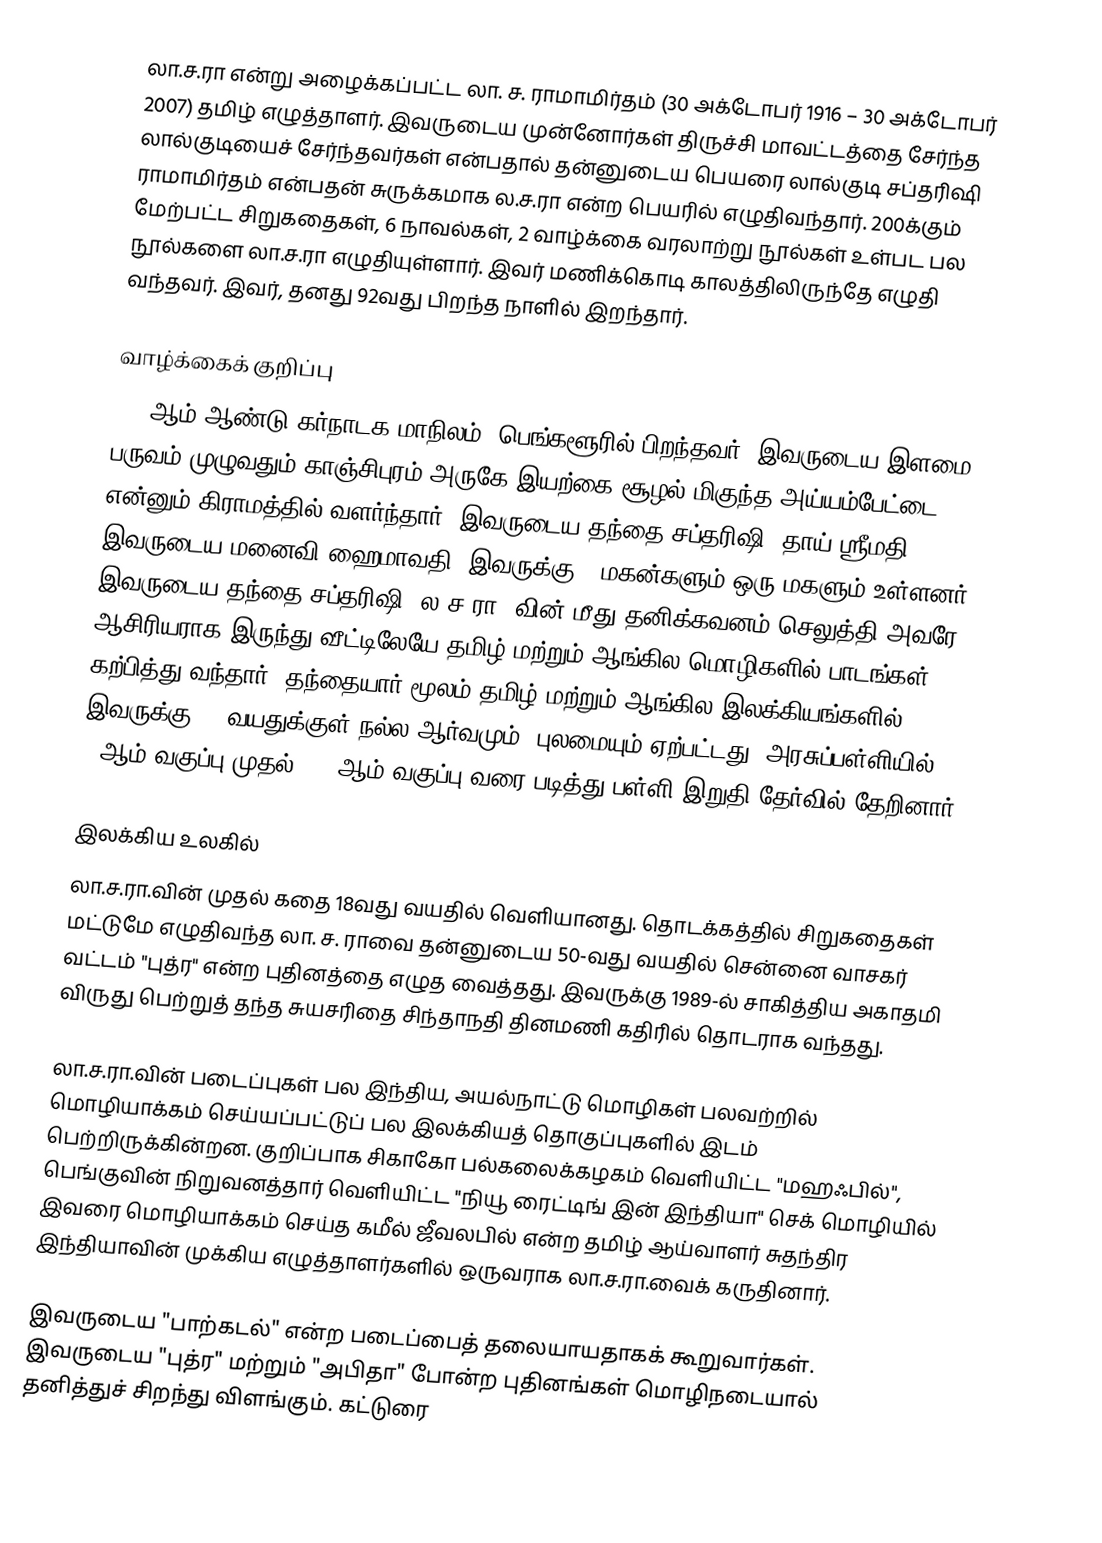
லா.ச.ரா என்று அழைக்கப்பட்ட லா. ச. ராமாமிர்தம் (30 அக்டோபர் 1916 – 30 அக்டோபர் 2007) தமிழ் எழுத்தாளர். இவருடைய முன்னோர்கள் திருச்சி மாவட்டத்தை சேர்ந்த லால்குடியைச் சேர்ந்தவர்கள் என்பதால் தன்னுடைய பெயரை லால்குடி சப்தரிஷி ராமாமிர்தம் என்பதன் சுருக்கமாக ல.ச.ரா என்ற பெயரில் எழுதிவந்தார். 200க்கும் மேற்பட்ட சிறுகதைகள், 6 நாவல்கள், 2 வாழ்க்கை வரலாற்று நூல்கள் உள்பட பல நூல்களை லா.ச.ரா எழுதியுள்ளார். இவர் மணிக்கொடி காலத்திலிருந்தே எழுதி வந்தவர். இவர், தனது 92வது பிறந்த நாளில் இறந்தார்.

வாழ்க்கைக் குறிப்பு
1916ஆம் ஆண்டு கர்நாடக மாநிலம், பெங்களூரில் பிறந்தவர். இவருடைய இளமை பருவம் முழுவதும் காஞ்சிபுரம் அருகே இயற்கை சூழல் மிகுந்த அய்யம்பேட்டை என்னும் கிராமத்தில் வளர்ந்தார். இவருடைய தந்தை சப்தரிஷி, தாய் ஸ்ரீமதி. இவருடைய மனைவி ஹைமாவதி. இவருக்கு 4 மகன்களும் ஒரு மகளும் உள்ளனர். இவருடைய தந்தை சப்தரிஷி, ல.ச.ரா -வின் மீது தனிக்கவனம் செலுத்தி அவரே ஆசிரியராக இருந்து வீட்டிலேயே தமிழ் மற்றும் ஆங்கில மொழிகளில் பாடங்கள் கற்பித்து வந்தார். தந்தையார் மூலம் தமிழ் மற்றும் ஆங்கில இலக்கியங்களில் இவருக்கு 12 வயதுக்குள் நல்ல ஆர்வமும், புலமையும் ஏற்பட்டது. அரசுப்பள்ளியில் 8-ஆம் வகுப்பு முதல் 10 -ஆம் வகுப்பு வரை படித்து பள்ளி இறுதி தேர்வில் தேறினார்.

இலக்கிய உலகில்
லா.ச.ரா.வின் முதல் கதை 18வது வயதில் வெளியானது. தொடக்கத்தில் சிறுகதைகள் மட்டுமே எழுதிவந்த லா. ச. ராவை தன்னுடைய 50-வது வயதில் சென்னை வாசகர் வட்டம் "புத்ர" என்ற புதினத்தை எழுத வைத்தது. இவருக்கு 1989-ல் சாகித்திய அகாதமி விருது பெற்றுத் தந்த சுயசரிதை சிந்தாநதி தினமணி கதிரில் தொடராக வந்தது.

லா.ச.ரா.வின் படைப்புகள் பல  இந்திய, அயல்நாட்டு மொழிகள் பலவற்றில் மொழியாக்கம் செய்யப்பட்டுப் பல இலக்கியத் தொகுப்புகளில் இடம் பெற்றிருக்கின்றன. குறிப்பாக சிகாகோ பல்கலைக்கழகம் வெளியிட்ட "மஹஃபில்", பெங்குவின் நிறுவனத்தார் வெளியிட்ட "நியூ ரைட்டிங் இன் இந்தியா" செக் மொழியில் இவரை மொழியாக்கம் செய்த கமீல் ஜீவலபில் என்ற தமிழ் ஆய்வாளர் சுதந்திர இந்தியாவின் முக்கிய எழுத்தாளர்களில் ஒருவராக லா.ச.ரா.வைக் கருதினார்.

இவருடைய "பாற்கடல்" என்ற படைப்பைத் தலையாயதாகக் கூறுவார்கள். இவருடைய "புத்ர" மற்றும் "அபிதா" போன்ற புதினங்கள் மொழிநடையால் தனித்துச் சிறந்து விளங்கும். கட்டுரை